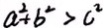
a ^ { 2 } + b ^ { 2 } > c ^ { 2 }